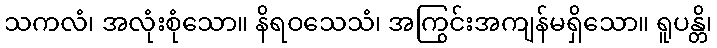
သကလံ၊ အလုံးစုံသော။ နိရဝသေသံ၊ အကြွင်းအကျန်မရှိသော။ ရူပန္တိ၊